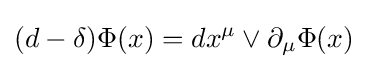
(d-\delta )\Phi (x)=dx^{\mu }\vee \partial _{\mu }\Phi (x)